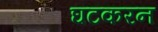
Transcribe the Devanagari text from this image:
घटकरन